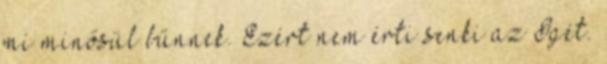
mi minősül bűnnek. Ezért nem érti senki az Igét.